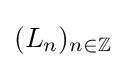
(L_{n})_{n\in \mathbb {Z} }